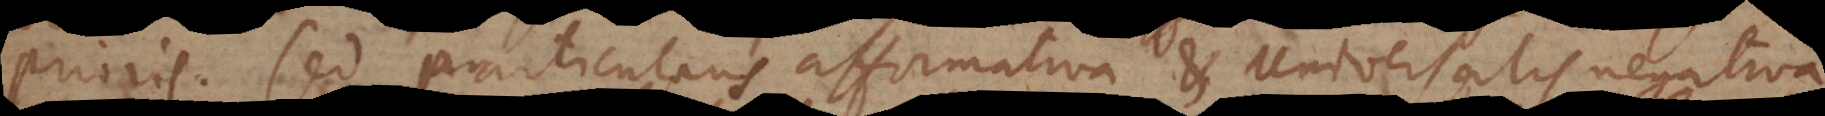
prioris. Sed particularis affirmativa et Universalis negativa